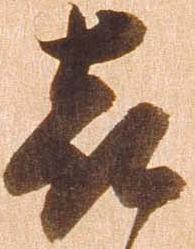
喜